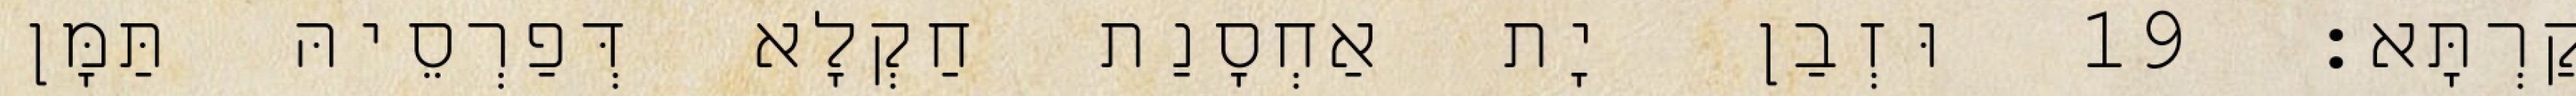
קַרְתָּא׃ 19 וּזְבַן יָת אַחְסָנַת חַקְלָא דְּפַרְסֵיהּ תַּמָּן